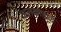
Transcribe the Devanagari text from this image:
अलकोहाल